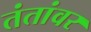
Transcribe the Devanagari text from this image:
तंतांवर